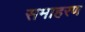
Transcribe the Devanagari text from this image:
समाहरण